Report on vaccination in Madras 1904-1921 - 1904-1921
Year: 1904
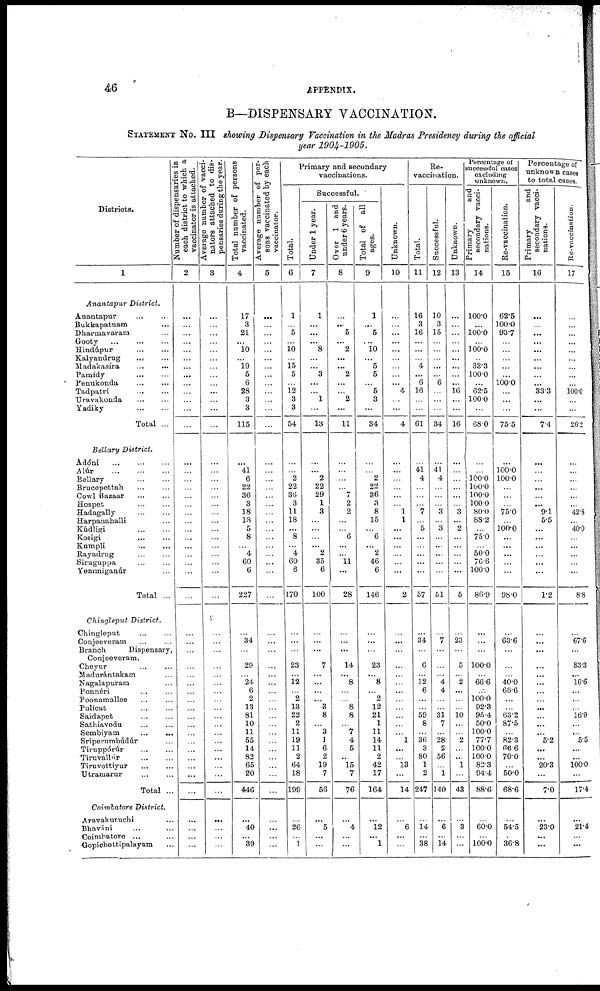
46
APPENDIX.
B—DISPENSARY VACCINATION.
STATEMENT NO. III showing Dispensary Vaccination in the Madras Presidency during the official
year 1904-1905.
Districts.
1
Anantapur District.
Anantapur
...
...
Bukkapatnam ...
Dharmavaram ... ...
Gooty ... ... ...
Hindúpur ... ...
Kalyandrug
... ...
Madakasira
...
...
Pamidy
...
...
Penukonda ... ...
Tadpatri
...
...
Uravakonda ... ...
Yadiky
...
...
Total ..
Bellary District.
Adóni ... ... ...
Alúr
...
...
...
Bellary ... ...
Brucepettah ... ...
Cowl Bazaar ... ...
Hospet
...
...
Hadagally
...
...
Harpauahalli ...
Kúdligi
...
...
Kosigi ... ...
Kumpli
... ...
Rayadrug ... ...
Siruguppa ... ...
Yennniganúr ...
Total ...
Chingleput District.
Chingleput ... ...
Conjeeveram ... ...
Branch
Dispensary,
Conjeeveram.
Cheyur ... ...
Madurántakam ...
Nagalapuram ...
Ponnéri ... ...
Poonamallee ... ...
Pulicat ... ...
Saidapet ... ...
Sathiavedu ... ...
Sembiyam ... ...
Sríperumbúdúr ...
Tiruppórúr ... ...
Tiruvallúr ... ...
Tiruvottiyur ... ...
Utraniarur ... ...
Total ...
Coimbatore District.
Aravakuruchi ...
Bhaváni ... ...
Coimbatore ... ...
Gopichettipalayam ...
Number of dispensaries in
each district to which a
vaccinator is attached.
2
...
...
...
...
...
...
...
...
...
...
...
...
...
...
...
...
...
...
...
...
...
...
...
...
...
...
...
...
...
...
...
...
...
...
...
...
...
...
...
...
...
...
...
...
...
...
....
...
...
...
Average number of vacci-
nators attached to dis-
pensaries during the year.
3
...
...
...
...
...
...
...
...
...
...
...
...
...
...
...
...
...
...
...
...
...
...
...
...
...
...
...
...
...
...
...
...
...
...
...
...
...
...
...
...
...
...
...
...
...
...
...
...
...
...
Total number of persons
vaccinated.
4
17
3
21
...
10
...
19
5
6
28
3
3
115
...
41
6
22
36
3
18
18
5
8
...
4
60
6
227
...
34
...
29
...
24
6
2
13
81
10
11
55
14
82
65
20
446
...
40
...
39
Average number of per-
sons vaccinated by each
vaccinator.
5
...
...
...
...
...
...
...
...
...
...
...
...
...
...
...
...
...
...
...
...
...
...
...
...
...
...
...
...
...
...
...
...
...
...
...
...
...
...
...
...
...
...
...
...
...
...
...
...
...
...
Primary and secondary
vaccinations.
Total.
6
1
...
5
...
10
...
15
5
...
12
3
3
54
...
...
2
22
36
3
11
18
...
8
...
4
60
6
170
...
...
...
23
...
12
...
2
13
22
2
11
19
11
2
64
18
199
...
26
...
1
Successful.
Under 1 year.
7
1
...
...
...
8
...
... 3
...
...
1
...
13
...
...
2
22
29
1
3
...
...
...
...
2
35
6
100
...
...
...
7
...
...
...
...
3
8
...
3
1
6
2
19
7
56
...
5
...
...
Over 1 and
under 6 years.
8
...
...
5
...
2
...
... 2
...
...
2
...
11
...
...
...
...
7
2
2
...
...
6
...
...
11
...
28
...
...
...
14
... 8
...
...
8
8
...
7
4
5
...
15
7
76
...
4
...
...
Total of all
ages.
9
1
...
5
...
10
...
5
5
...
5
3
...
34
...
...
2
22
36
3
8
15
...
6
...
2
46
6
146
...
...
...
23
... 8
...
2
12
21
1
11
14
11
2
42
17
164
...
12
...
1
Unknown.
10
...
...
...
...
...
...
...
...
...
4
...
...
4
...
...
...
...
...
...
1
1
...
...
...
...
...
...
2
...
...
...
...
...
...
...
...
...
...
...
...
1
...
...
13
...
14
...
6
...
...
Re¬
vaccination.
Total.
11
16
3
16
...
...
...
4
...
6
16
...
...
61
...
41
4
...
...
...
7
...
5
...
...
...
...
...
57
...
34
...
6
...
12
6
...
...
59
8
...
36
3
80
1
2
247
...
14
...
38
Successful.
12
10
3
15
...
...
...
...
...
6
...
...
...
34
...
41
4
...
...
...
3
...
3
...
...
...
...
...
51
...
7
...
...
...
4
4
...
...
31
7
...
28
2
56
...
1
140
...
6
...
14
Unknown.
13
...
...
...
...
...
...
...
...
...
16
...
...
16
...
...
...
...
...
...
3
...
2
...
...
...
...
...
5
...
23
...
5
...
2
...
...
...
10 ...
...
2
...
...
1
...
43
...
3
...
...
Percentage of
successful cases
excluding
unknown.
Primary
and
secondary vacci-
nations.
14
100.0
...
100.0
...
100.0
...
33.3
100.0
...
62.5
100.0
...
680
...
...
100.0
100.0
100.0
100.0
80.0
88.2
...
75.0
...
50.0
76.6
100.0
86.9
...
...
...
100.0
...
66.6
...
100.0
92.3
95.4
50.0
100.0
77.7
100.0
100.0
82.3
94.4
88.6
...
60.0
...
100.0
Re-vaccination.
15
62.5
100.0
93.7
...
...
...
...
...
100.0
...
...
...
75.5
...
100.0
100.0
...
...
...
75.0
...
100.0
...
...
...
...
...
98.0
...
63.6
...
...
...
40.0
66.6
...
...
63.2
87.5
...
82.3
66.6
70.0
...
50.0
68.6
...
54.5
...
36.8
Percentage of
unknown cases
to total cases.
Primary
and
secondary vacci-
nations.
16
...
...
...
...
...
...
...
...
...
33.3
...
...
7.4
...
...
...
...
...
...
9.1
5.5
...
...
...
...
...
...
1.2
...
...
...
...
...
...
...
...
...
...
...
...
5.2
...
...
20.3
...
7.0
...
23.0
...
...
Re-vnccinntion.
17
...
...
...
...
...
...
...
...
...
100.0
...
...
26.2
...
...
...
...
...
...
42.8
40.0
...
...
...
...
...
8.8
...
67.6
...
83.3
...
16.6
...
...
...
16.9
...
...
5.5
...
...
100.0
...
17.4
...
21.4
...
...